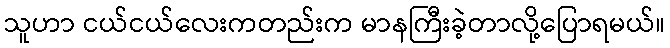
သူဟာ ငယ်ငယ်လေးကတည်းက မာနကြီးခဲ့တာလို့ပြောရမယ်။